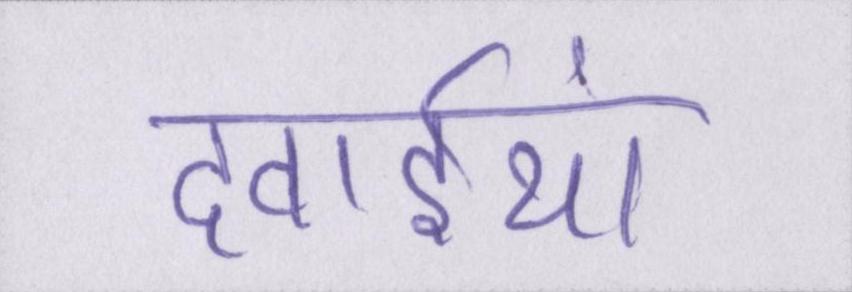
दवाईयां